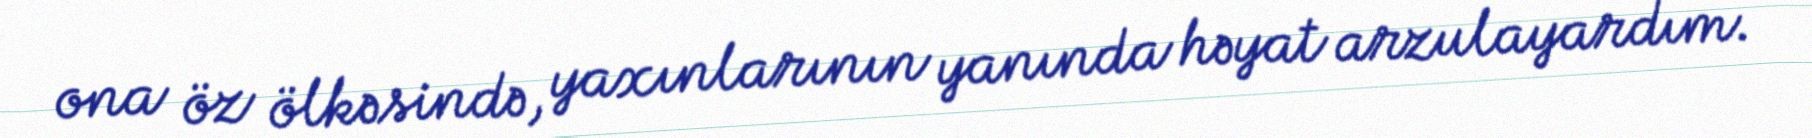
ona öz ölkəsində, yaxınlarının yanında həyat arzulayardım.